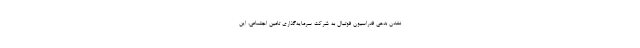
نشدن بدهی فدراسیون فوتبال به شرکت سرمایه‌گذاری تامین اجتماعی، این